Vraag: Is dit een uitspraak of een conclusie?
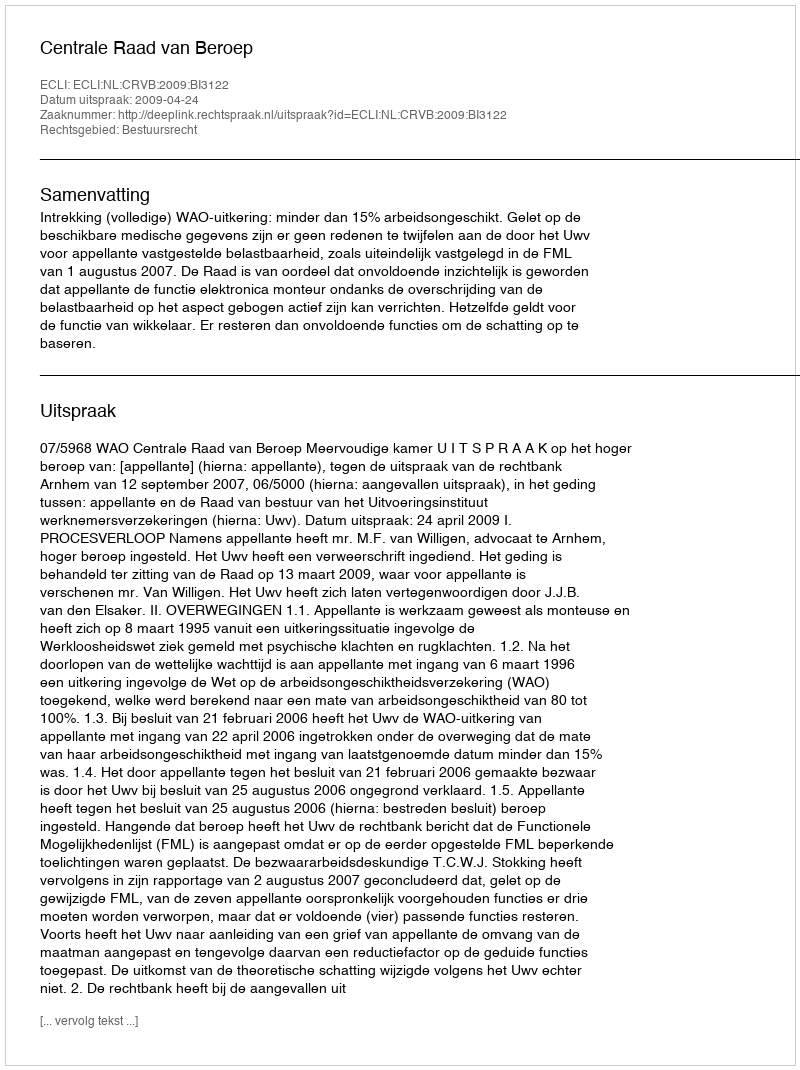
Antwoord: Uitspraak